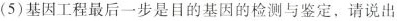
(5)基因工程最后一步是目的基因的检测与鉴定，请说出